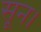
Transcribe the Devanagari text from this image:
सून।